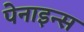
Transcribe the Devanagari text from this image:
पेनाइन्स